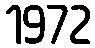
1972